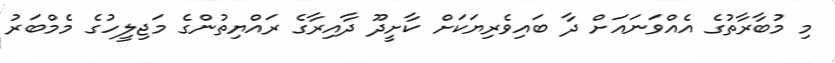
މި މުބާރާތުގެ އެއްވަނައަށް ދާ ބައިވެރިޔަކަށް ކާށީދޫ ދާއިރާގެ ރައްޔިތުންގެ މަޖިލީހުގެ މެމްބަރު